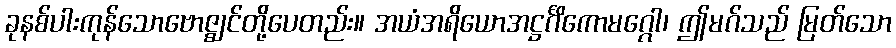
ခုနစ်ပါးကုန်သောဗောဇ္ဈင်တို့ပေတည်း။ အယံအရိယောအဋ္ဌင်္ဂိကောမဂ္ဂေါ၊ ဤမဂ်သည် မြတ်သော